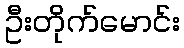
ဦးတိုက်မောင်း